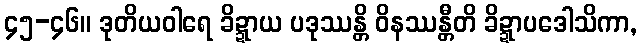
၄၅-၄၆။ ဒုတိယဝါရေ ခိဍ္ဍာယ ပဒုဿန္တိ ဝိနဿန္တီတိ ခိဍ္ဍာပဒေါသိကာ,